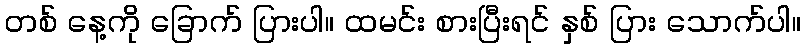
တစ် နေ့ကို ခြောက် ပြားပါ။ ထမင်း စားပြီးရင် နှစ် ပြား သောက်ပါ။